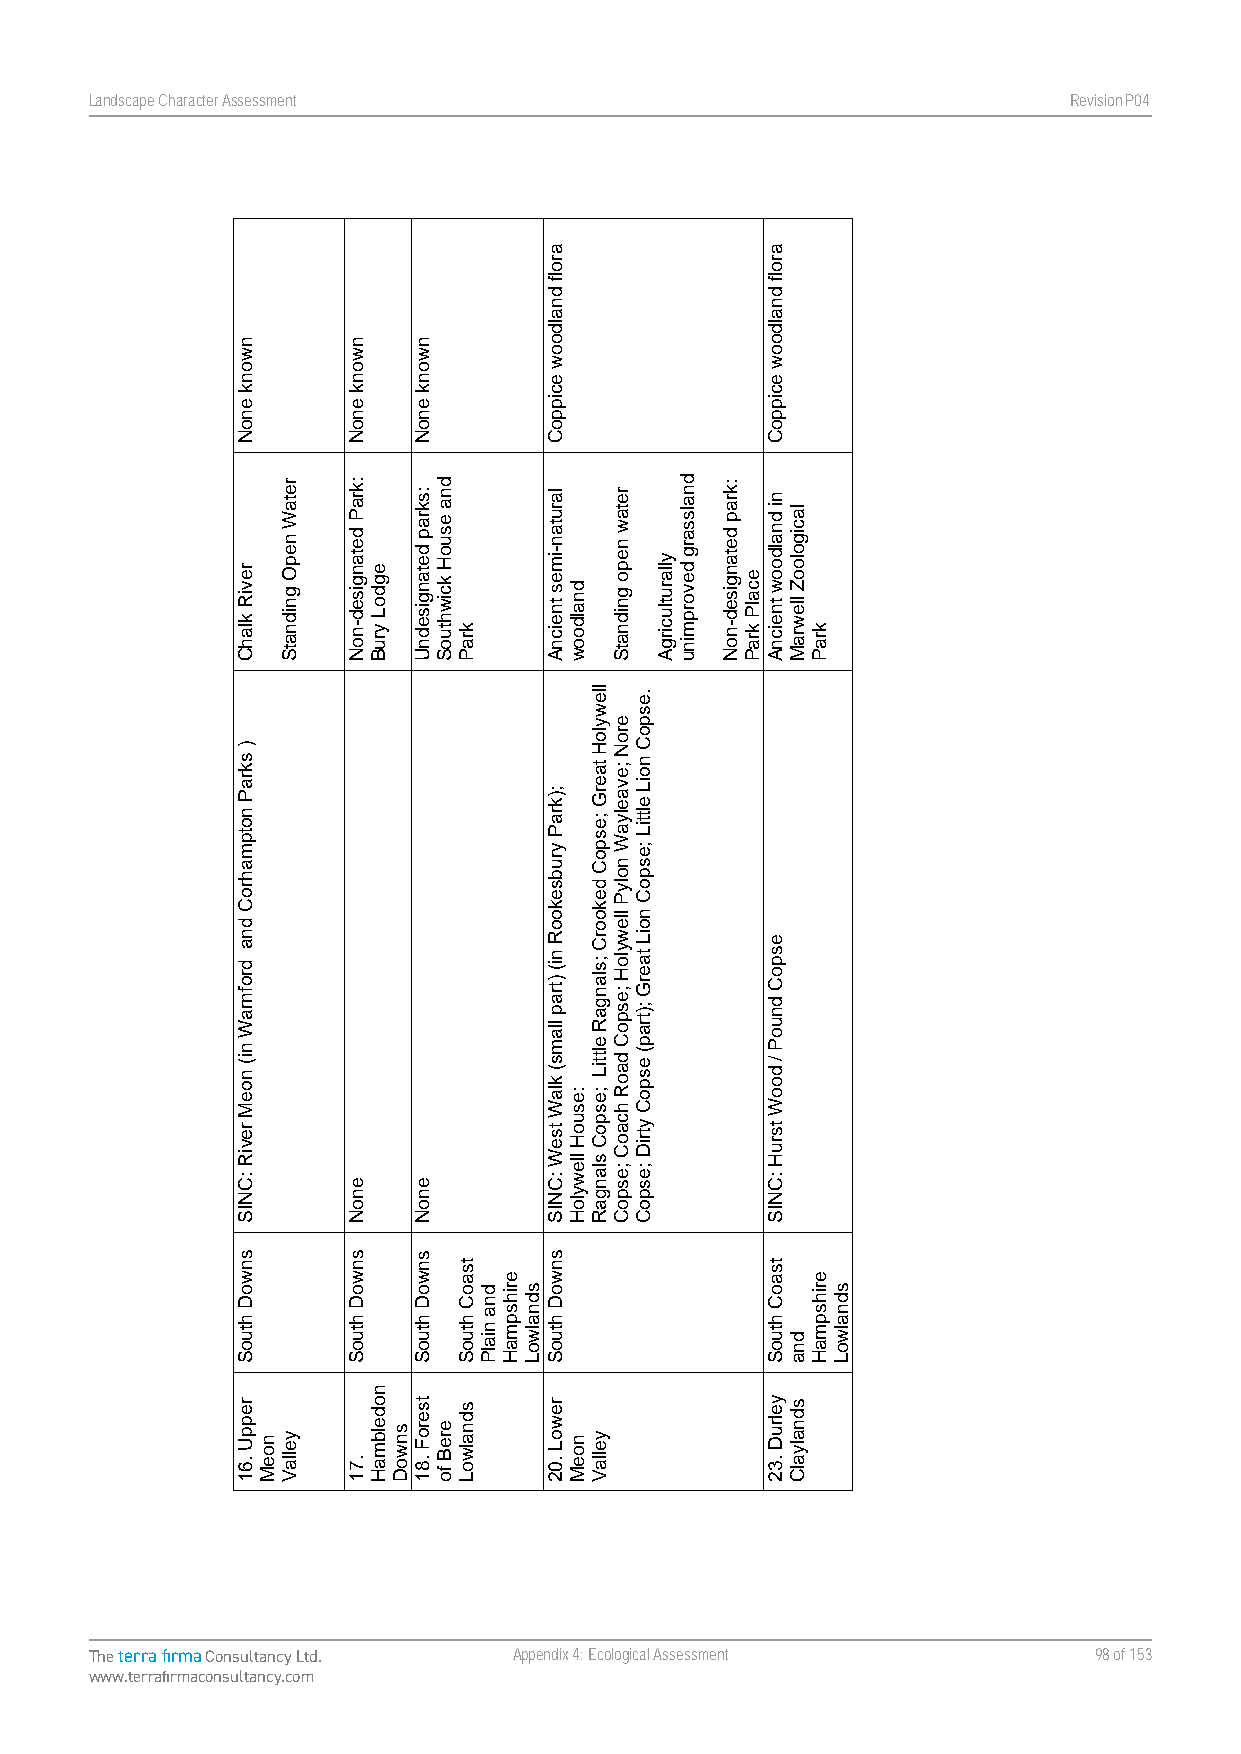
Landscape Character Assessment                                   RevisionP047
 The terra firma Consultancy Ltd. Appendix 4: Ecological Assessment 98 of 153
 www.terrafirmaconsultancy.com
 nwonk
 enoN
 reviR
 klahC
 )
 skraP
 notpmahroC
 dna
 drofnraW
 ni(
 noeM
 reviR
 :CNIS
 snwoD
 htuoS
 reppU
 .61
 noeM
 retaW
 nepO
 gnidnatS
 yellaV
 nwonk
 enoN
 :kraP
 detangised-noN
 enoN
 snwoD
 htuoS
 .71
 egdoL
 yruB
 nodelbmaH
 snwoD
 nwonk
 enoN
 :skrap
 detangisednU
 enoN
 snwoD
 htuoS
 tseroF
 .81
 dna
 esuoH
 kciwhtuoS
 ereB
 fo
 kraP
 tsaoC
 htuoS
 sdnalwoL
 dna
 nialP
 erihspmaH
 sdnalwoL
 arolf
 dnaldoow
 ecippoC
 larutan-imes
 tneicnA
 ;)kraP
 yrubsekooR
 ni(
 )trap
 llams(
 klaW
 tseW
 :CNIS
 snwoD
 htuoS
 rewoL
 .02
 dnaldoow
 :esuoH
 llewyloH
 noeM
 llewyloH
 taerG
 ;espoC
 dekoorC
 ;slangaR
 elttiL
 ;espoC
 slangaR
 yellaV
 retaw
 nepo
 gnidnatS
 eroN
 ;evaelyaW
 nolyP
 llewyloH
 ;espoC
 daoR
 hcaoC
 ;espoC
 .espoC
 noiL
 elttiL
 ;espoC
 noiL
 taerG
 ;)trap(
 espoC
 ytriD
 ;espoC
 yllarutlucirgA
 dnalssarg
 devorpminu
 :krap
 detangised-noN
 ecalP
 kraP
 arolf
 dnaldoow
 ecippoC
 ni
 dnaldoow
 tneicnA
 espoC
 dnuoP
 /
 dooW
 tsruH
 :CNIS
 tsaoC
 htuoS
 yelruD
 .32
 lacigolooZ
 llewraM
 dna
 sdnalyalC
 kraP
 erihspmaH
 sdnalwoL